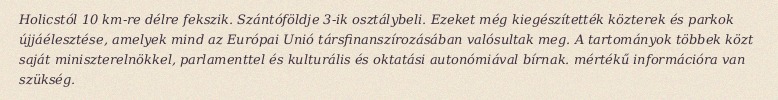
Holicstól 10 km-re délre fekszik. Szántóföldje 3-ik osztálybeli. Ezeket még kiegészítették közterek és parkok újjáélesztése, amelyek mind az Európai Unió társfinanszírozásában valósultak meg. A tartományok többek közt saját miniszterelnökkel, parlamenttel és kulturális és oktatási autonómiával bírnak. mértékű információra van szükség.